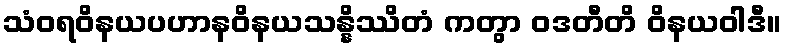
သံဝရဝိနယပဟာနဝိနယသန္နိဿိတံ ကတွာ ဝဒတီတိ ဝိနယဝါဒီ။